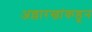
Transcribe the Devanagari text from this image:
अल्लारखांकडून